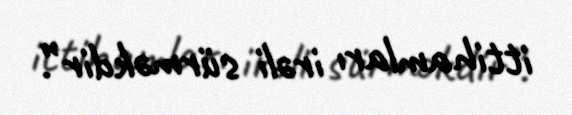
ittihamları irəli sürməkdir”.